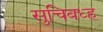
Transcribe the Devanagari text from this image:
सुचिबध्ह